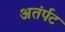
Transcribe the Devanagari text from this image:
अतंर्पट